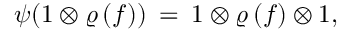
\psi ( 1 \otimes \varrho \, ( f ) ) \: = \: 1 \otimes \varrho \, ( f ) \otimes 1 ,